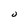
Character: 0